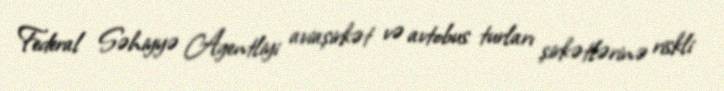
Federal Səhiyyə Agentliyi aviaşirkət və avtobus turları şirkətlərinə riskli